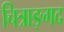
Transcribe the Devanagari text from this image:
चित्राङ्गद